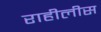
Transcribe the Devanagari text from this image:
राहीलीस